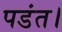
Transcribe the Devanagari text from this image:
पडंत।